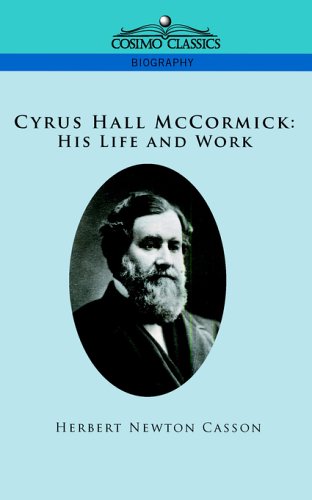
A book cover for Cyrus Hall McCormick: His Life and Work; Herbert Newton Casson; Business & Money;